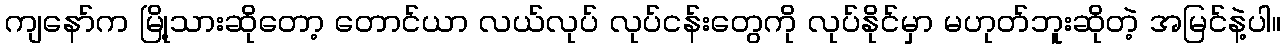
ကျနော်က မြို့သားဆိုတော့ တောင်ယာ လယ်လုပ် လုပ်ငန်းတွေကို လုပ်နိုင်မှာ မဟုတ်ဘူးဆိုတဲ့ အမြင်နဲ့ပါ။